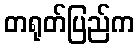
တရုတ်ပြည်က